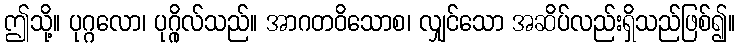
ဤသို့။ ပုဂ္ဂလော၊ ပုဂ္ဂိုလ်သည်။ အာဂတဝိသောစ၊ လျှင်သော အဆိပ်လည်းရှိသည်ဖြစ်၍။